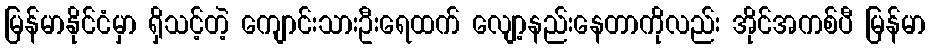
မြန်မာနိုင်ငံမှာ ရှိသင့်တဲ့ ကျောင်းသားဦးရေထက် လျော့နည်းနေတာကိုလည်း အိုင်အကစ်ပီ မြန်မာ